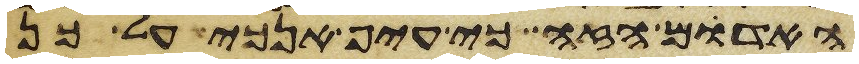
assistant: האדם הזה כי עיף אנכי על כן